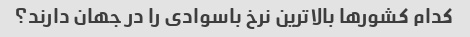
کدام کشورها بالاترین نرخ باسوادی را در جهان دارند؟